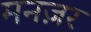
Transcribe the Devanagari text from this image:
मनज़र